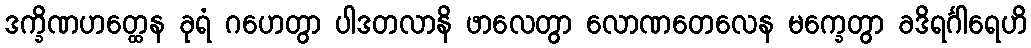
ဒက္ခိဏဟတ္ထေန ခုရံ ဂဟေတွာ ပါဒတလာနိ ဖာလေတွာ လောဏတေလေန မက္ခေတွာ ခဒိရင်္ဂါရေဟိ